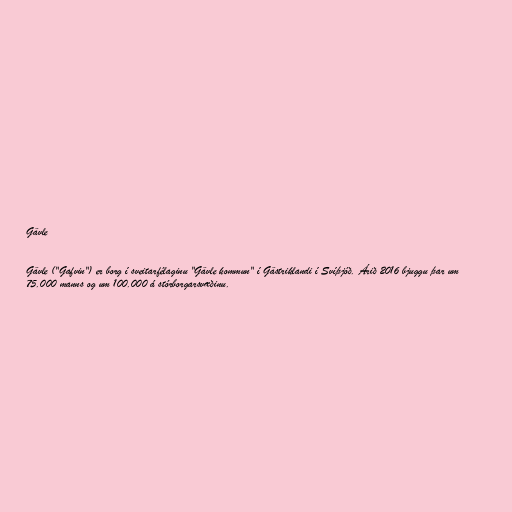
Gävle

Gävle ("Gafvin") er borg í sveitarfélaginu "Gävle kommun" í Gästriklandi í Svíþjóð. Árið 2016 bjuggu þar um
75.000 manns og um 100.000 á stórborgarsvæðinu.